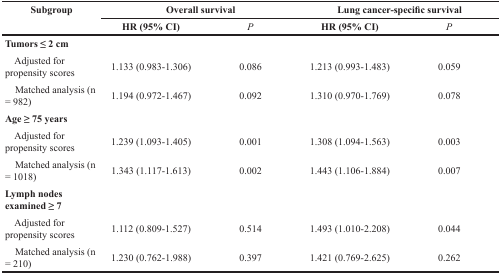
<table><thead><tr><td rowspan="2"><b>Subgroup</b></td><td colspan="2"><b>Overall survival</b></td><td colspan="2"><b>Lung cancer-specific survival</b></td></tr><tr><td><b>HR (95% CI)</b></td><td><b><i>P</i></b></td><td><b>HR (95% CI)</b></td><td><b><i>P</i></b></td></tr></thead><tbody><tr><td><b>Tumors ≤ 2 cm</b></td><td></td><td></td><td></td><td></td></tr><tr><td> Adjusted for propensity scores</td><td>1.133 (0.983-1.306)</td><td>0.086</td><td>1.213 (0.993-1.483)</td><td>0.059</td></tr><tr><td> Matched analysis (n = 982)</td><td>1.194 (0.972-1.467)</td><td>0.092</td><td>1.310 (0.970-1.769)</td><td>0.078</td></tr><tr><td><b>Age ≥ 75 years</b></td><td></td><td></td><td></td><td></td></tr><tr><td> Adjusted for propensity scores</td><td>1.239 (1.093-1.405)</td><td>0.001</td><td>1.308 (1.094-1.563)</td><td>0.003</td></tr><tr><td> Matched analysis (n = 1018)</td><td>1.343 (1.117-1.613)</td><td>0.002</td><td>1.443 (1.106-1.884)</td><td>0.007</td></tr><tr><td><b>Lymph nodes examined ≥ 7</b></td><td></td><td></td><td></td><td></td></tr><tr><td> Adjusted for propensity scores</td><td>1.112 (0.809-1.527)</td><td>0.514</td><td>1.493 (1.010-2.208)</td><td>0.044</td></tr><tr><td> Matched analysis (n = 210)</td><td>1.230 (0.762-1.988)</td><td>0.397</td><td>1.421 (0.769-2.625)</td><td>0.262</td></tr></tbody></table>